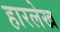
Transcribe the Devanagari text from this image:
हारलेख